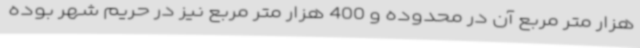
هزار متر مربع آن در محدوده و 400 هزار متر مربع نیز در حریم شهر بوده